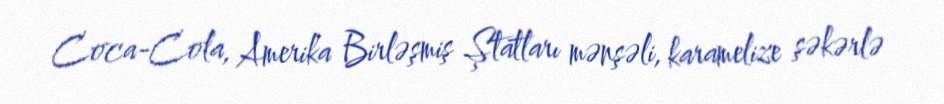
Coca-Cola, Amerika Birləşmiş Ştatları mənşəli, karamelize şəkərlə